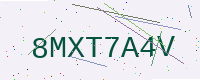
Text: 8MXT7A4V